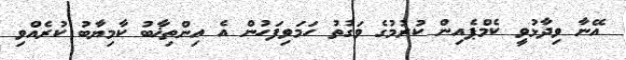
އޭނާ ވިދާޅުވީ ކެމްޕެއިން ކުރުމުގެ ވަގުތު ހަމަވިފަހުން އެ އިންތިޚާބު ކާމިޔާބު ކުރެއްވި